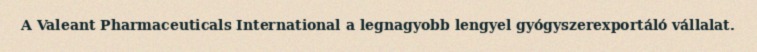
A Valeant Pharmaceuticals International a legnagyobb lengyel gyógyszerexportáló vállalat.